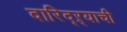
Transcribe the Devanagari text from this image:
दारिद्ऱ्याची